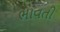
ભાવતી